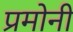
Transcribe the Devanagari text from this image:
प्रमोनी